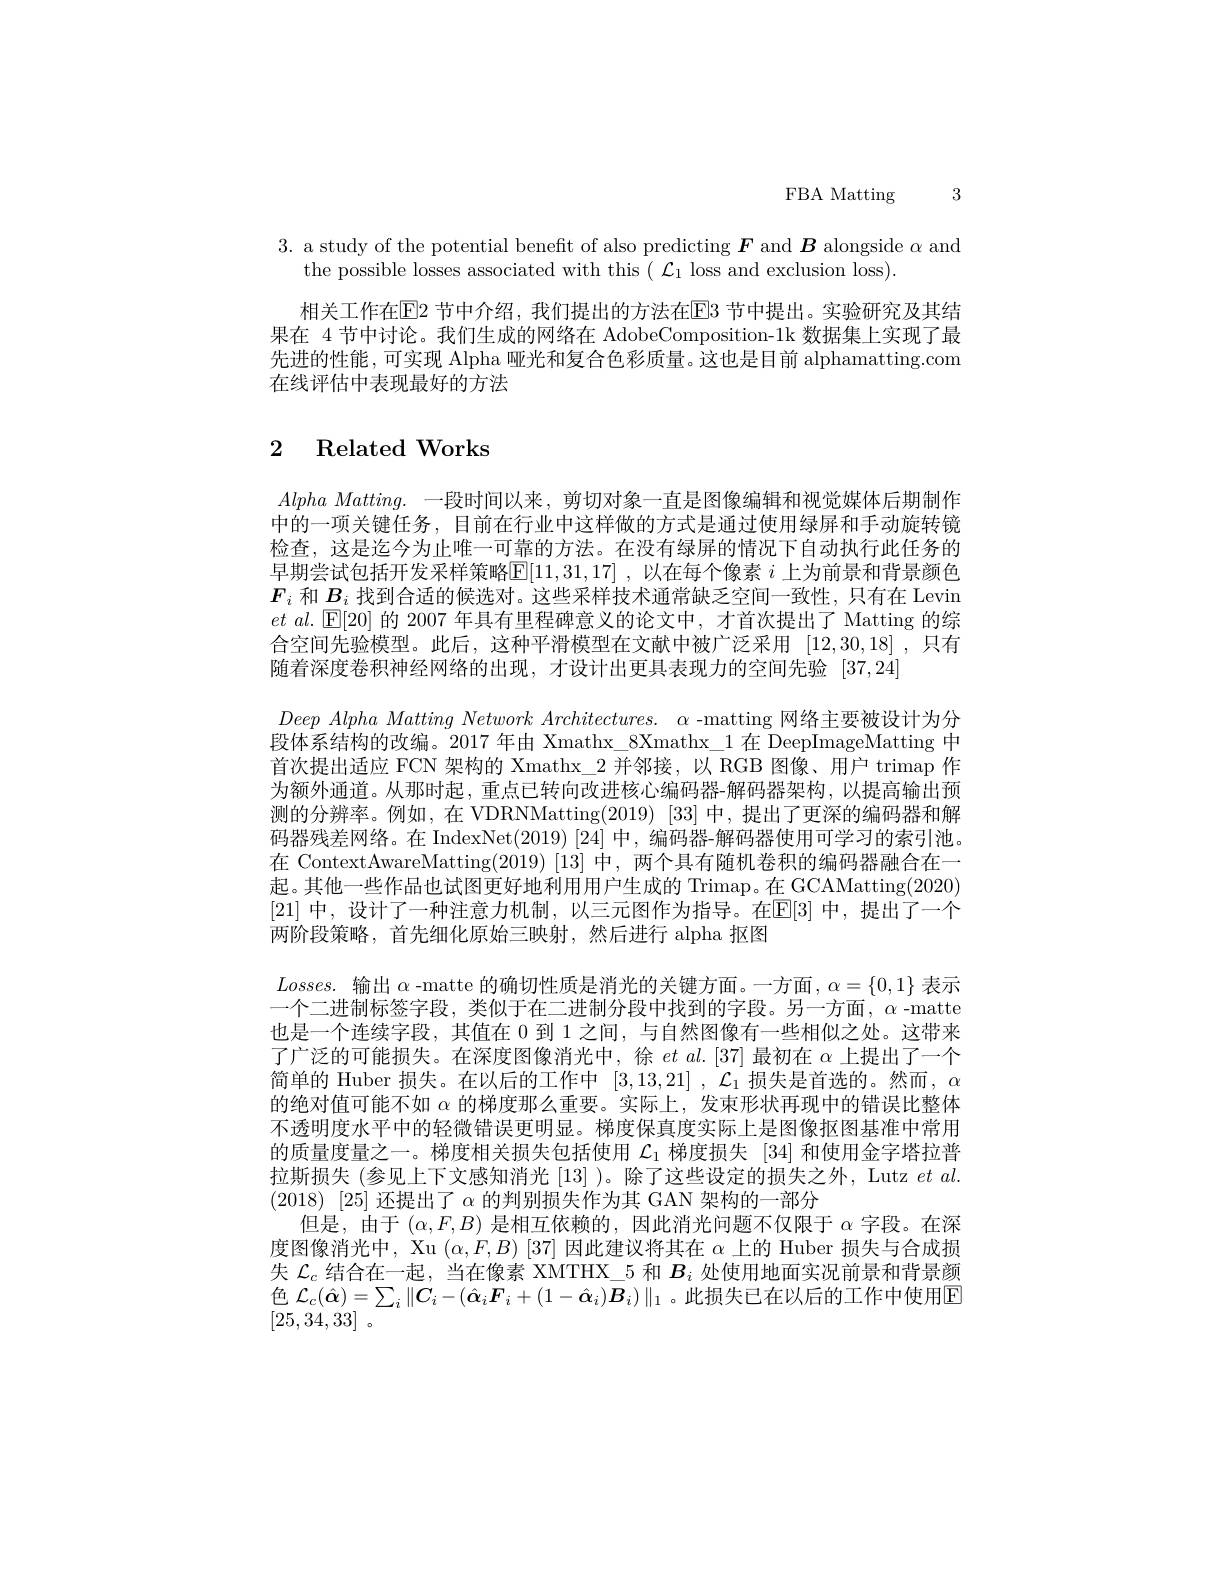
FBA Matting 3

3. a study of the potential beneft of also predicting $\boldsymbol F$ and $\boldsymbol B$ alongside $\alpha$ and
the possible losses associated with this $(\mathcal{L}_1$ loss and exclusion loss).

相关工作在$\overline{\mathrm{E}}$2 节中介绍，我们提出的方法在$\overline{\mathrm{E}}$3 节中提出。实验研究及其结果在 4 节中讨论。我们生成的网络在 AdobeComposition-1k 数据集上实现了最先进的性能，可实现 Alpha 哑光和复合色彩质量。这也是目前 alphamatting.com 在线评估中表现最好的方法

# 2 Related Works

$Alpha~Matting.~一段时间以来，~剪切对象一直是图像编辑和视觉媒体后期制作$ 中的一项关键任务，目前在行业中这样做的方式是通过使用绿屏和手动旋转镜检查，这是迄今为止唯一可靠的方法。在没有绿屏的情况下自动执行此任务的早期尝试包括开发采样策略$\mathbb{E}[11,31,17]$,以在每个像素$i$上为前景和背景颜色$F_i$和$\underline B_i$找到合适的候选对。这些采样技术通常缺乏空间一致性，只有在 Levin $et$ $al.$ [E[20] 的 2007 年 具 有 里 程 碑 意 义 的 论 文 中 , 才 首 次 提 出 了 Matting 的 综 合空间先验模型。此后，这种平滑模型在文献中被广泛采用 [12,30,18] ,只有随着深度卷积神经网络的出现，才设计出更具表现力的空间先验[37,24]
$DeepAlphaMatting~Network~Architectures.~\alpha~-matting~$网络主要被设计为分段体系结构的改编。2017 年由 Xmathx\_8Xmathx\_1 在 DeepImageMatting 中首次提出适应 FCN 架构的 Xmathx\_2 并邻接，以 RGB 图像、用户 trimap 作为额外通道。从那时起，重点已转向改进核心编码器-解码器架构，以提高输出预测的分辨率。例如，在 VDRNMatting(2019) [33] 中，提出了更深的编码器和解码器残差网络。在 IndexNet(2019) [24] 中，编码器-解码器使用可学习的索引池。在 ContextAwareMatting(2019) [13] 中，两个具有随机卷积的编码器融合在一起。其他一些作品也试图更好地利用用户生成的 Trimap。在 GCAMatting(2020) [21]中，设计了一种注意力机制，以三元图作为指导。在E[3] 中，提出了一个两阶段策略，首先细化原始三映射，然后进行 alpha 抠图
$Losses.$输出$\alpha$ -matte 的确切性质是消光的关键方面。一方面$,\alpha=\{0,1\}$表示一个二进制标签字段，类似于在二进制分段中找到的字段。另一方面，$\alpha$ -matte 也是一个连续字段，其值在 0 到 1 之间，与自然图像有一些相似之处。这带来了广泛的可能损失。在深度图像消光中，徐$et$ al.[37]最初在$\alpha$上提出了一个简单的 Huber 损失。在以后的工作中 [3,13,21] , $\mathcal{L} _{1}$ 损失是首选的。然而，$\alpha$ 的绝对值可能不如$\alpha$的梯度那么重要。实际上，发束形状再现中的错误比整体不透明度水平中的轻微错误更明显。梯度保真度实际上是图像抠图基准中常用的质量度量之一。梯度相关损失包括使用$\mathcal{L}_1$梯度损失 [34]和使用金字塔拉普拉斯损失 (参见上下文感知消光 [13] )。除了这些设定的损失之外，Lutz $et$ al. (2018) [25]还提出了$\alpha$的判别损失作为其 GAN 架构的一部分
但是，由于$(\alpha,F,B)$是相互依赖的，因此消光问题不仅限于$\alpha$字段。在深度图像消光中，Xu $(\alpha,F,B)$ [37] 因此建议将其在$\alpha$上的 Huber 损失与合成损失$\mathcal{L}_c$结合在一起，当在像素 XMTHX\_5 和$B_i$处使用地面实况前景和背景颜色$\mathcal{L}_c(\hat{\boldsymbol{\alpha}})=\sum_i\|C_i-(\hat{\boldsymbol{\alpha}}_i\boldsymbol{F}_i+(1-\hat{\boldsymbol{\alpha}}_i)\boldsymbol{B}_i)\|_1$ 。此损失已在以后的工作中使用回$\left[25,34,33\right]$。